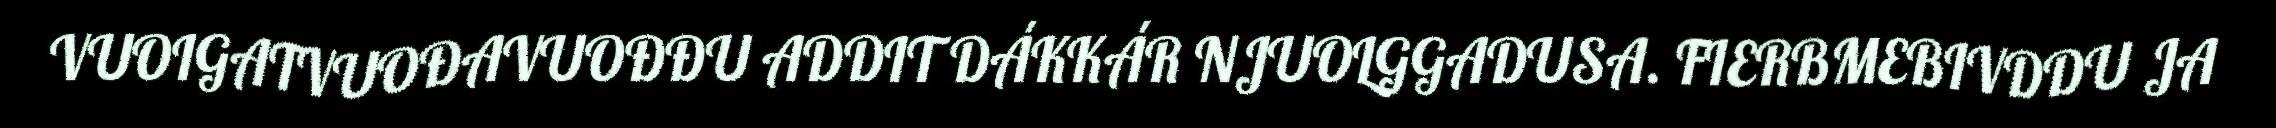
VUOIGATVUOĐAVUOĐĐU ADDIT DÁKKÁR NJUOLGGADUSA. FIERBMEBIVDDU JA